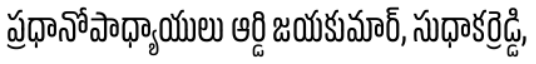
ప్రధానోపాధ్యాయులు ఆర్డి జయకుమార్, సుధాకర్రెడ్డి,